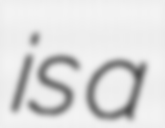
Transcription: is a